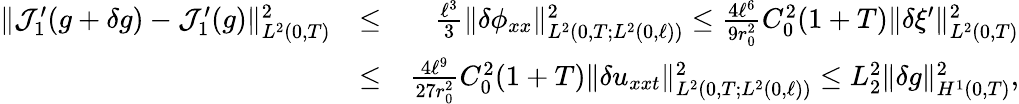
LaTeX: \begin{array}{rlr}{\Vert\mathcal{J}_{1}^{\prime}(g+\delta g)-\mathcal{J}_{1}^{\prime}(g)\Vert_{L^{2}(0,T)}^{2}}&{\leq}&{\frac{\ell^{3}}{3}\Vert\delta\phi_{xx}\Vert_{L^{2}(0,T;L^{2}(0,\ell))}^{2}\leq\frac{4\ell^{6}}{9r_{0}^{2}}C_{0}^{2}(1+T)\Vert\delta\xi^{\prime}\Vert_{L^{2}(0,T)}^{2}}\\ &{\leq}&{\frac{4\ell^{9}}{27r_{0}^{2}}C_{0}^{2}(1+T)\Vert\delta u_{xxt}\Vert_{L^{2}(0,T;L^{2}(0,\ell))}^{2}\leq L_{2}^{2}\Vert\delta g\Vert_{H^{1}(0,T)}^{2},}\end{array}